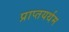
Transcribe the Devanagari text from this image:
प्राप्तयर्थम